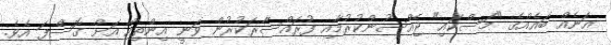
އަނެއް ބައެއްގެ "މަސްކައި" ޖެއްސުންކުރުމާއި ފުރައްސާރަކުރުން ވަނީ އިންތިހާ އަށް ގޮސްފަ އެވެ.